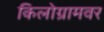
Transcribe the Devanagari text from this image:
किलोग्रामवर